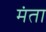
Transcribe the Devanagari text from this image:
मंता